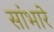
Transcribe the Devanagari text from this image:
सांभारे